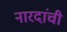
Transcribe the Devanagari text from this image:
नारदांची